system: You are a helpful assistant.
user:
Analyze the provided spectrum to determine if it is a **Carbon Star (C-type)**.

- **Key Visual Indicators of Carbon Star:**
    - **(Primary):** Strong molecular absorption from **C₂ (diatomic carbon) "Swan Bands."** This is the **defining feature** of a carbon star.
        - **(Key Bandheads):** Sharp absorption edges are visible at approximately $5635$ Å, $5165$ Å (the strongest band), and $4737$ Å.
        - **(Line Profile):** Creates a distinct **"saw-tooth"** pattern. The key morphology is a sharp, steep bandhead on the **red (long-wavelength) side**, which then gradually tapers off (i.e., flux recovers) towards the **blue (short-wavelength) side**. *(This is the direct opposite of the TiO bands seen in M-type stars)*.

    - **(Secondary):** Intense **CN (cyanogen)** molecular absorption bands.
        - **(Key Bandheads):** Located in the blue and violet regions of the spectrum (e.g., near $4215$ Å and $3883$ Å).
        - **(Morphology):** These bands are extremely broad and act as a "blanket," absorbing the vast majority of blue and violet light. This creates a characteristic **"cliff"** or **"steep drop-off"** in the spectrum's flux at short wavelengths.

    - **(Key Confirmation):** Strong **CH absorption band (G-band)**.
        - **(Key Bandhead):** Located around $4300$ Å. The contribution from CH molecules to this band is exceptionally strong.

    - **(Overall Spectrum):**
        - The continuum is severely "chopped up" by these deep molecular bands, especially C₂, rather than appearing as a smooth curve.
        - Due to the heavy CN and C₂ absorption in the blue-green, the vast majority of the star's flux is concentrated in the red part of the spectrum, giving the star its characteristic deep red color.

Think first, call **spectral_visualization_tool** if needed to examine features in detail, then provide your final answer. Your response must adhere to the following strict rules:
1.  **Overall Structure:** Your response must follow the format `<think>...</think> <tool_call>...</tool_call> (if a tool is used) <answer>...</answer>`.
2.  **Tool Usage Constraint:** You may only make **one** tool call per turn.
3.  **Final Answer Format:** In the `<answer>` tag, your conclusion must be inside a `\boxed{}` command (e.g., `\boxed{YES}`), followed by your justification.

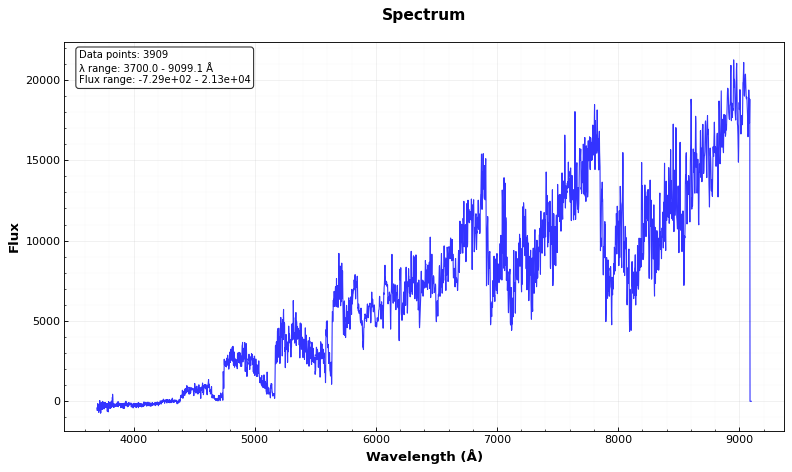
Answer: YES